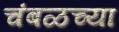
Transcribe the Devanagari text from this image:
चंबळच्या